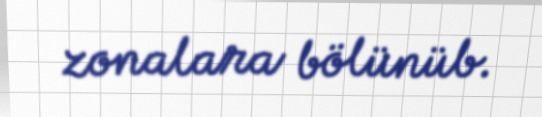
zonalara bölünüb.